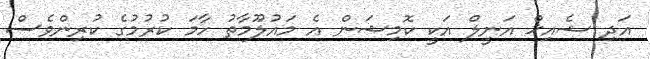
އަދި ޝެއިޚް އަނީލް އަކީ ކޮމިޝަން އެ މައުލޫމާތު ހާމަ ކުރުމުގެ ކުރިންވެސް